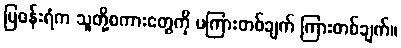
မြဝန်းရံက သူတို့စကားတွေကို မကြားတစ်ချက် ကြားတစ်ချက်။